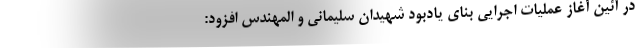
در آئین آغاز عملیات اجرایی بنای یادبود شهیدان سلیمانی و المهندس افزود: